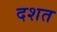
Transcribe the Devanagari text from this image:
दशत